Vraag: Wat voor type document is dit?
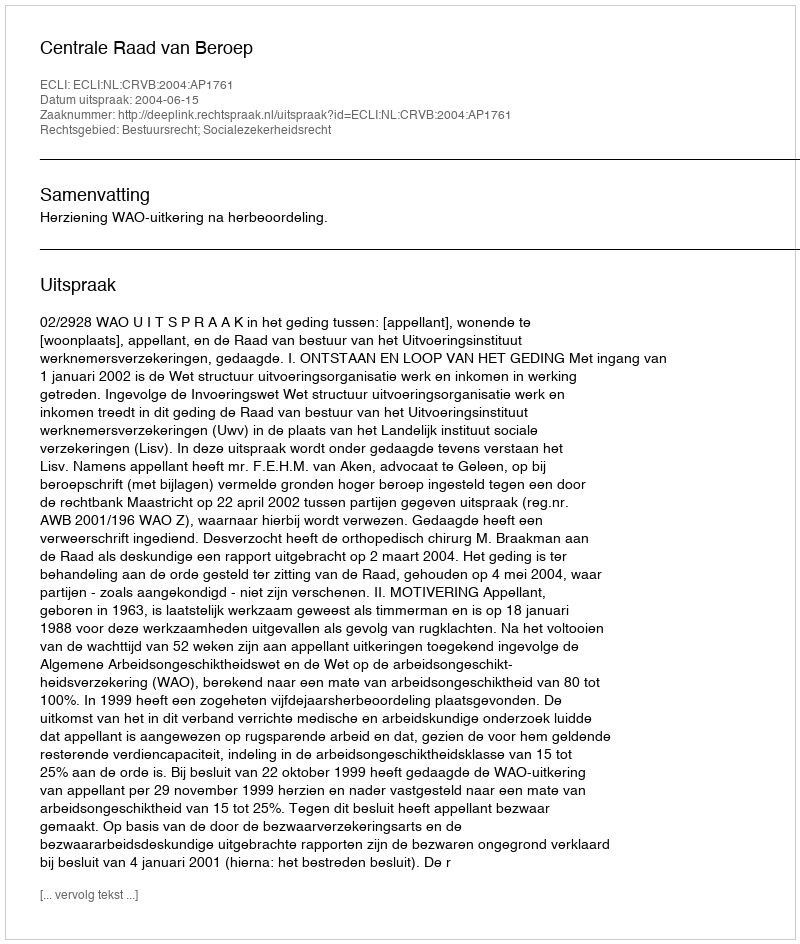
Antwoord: Uitspraak